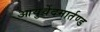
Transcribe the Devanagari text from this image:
आयुर्वेदमार्तण्ड